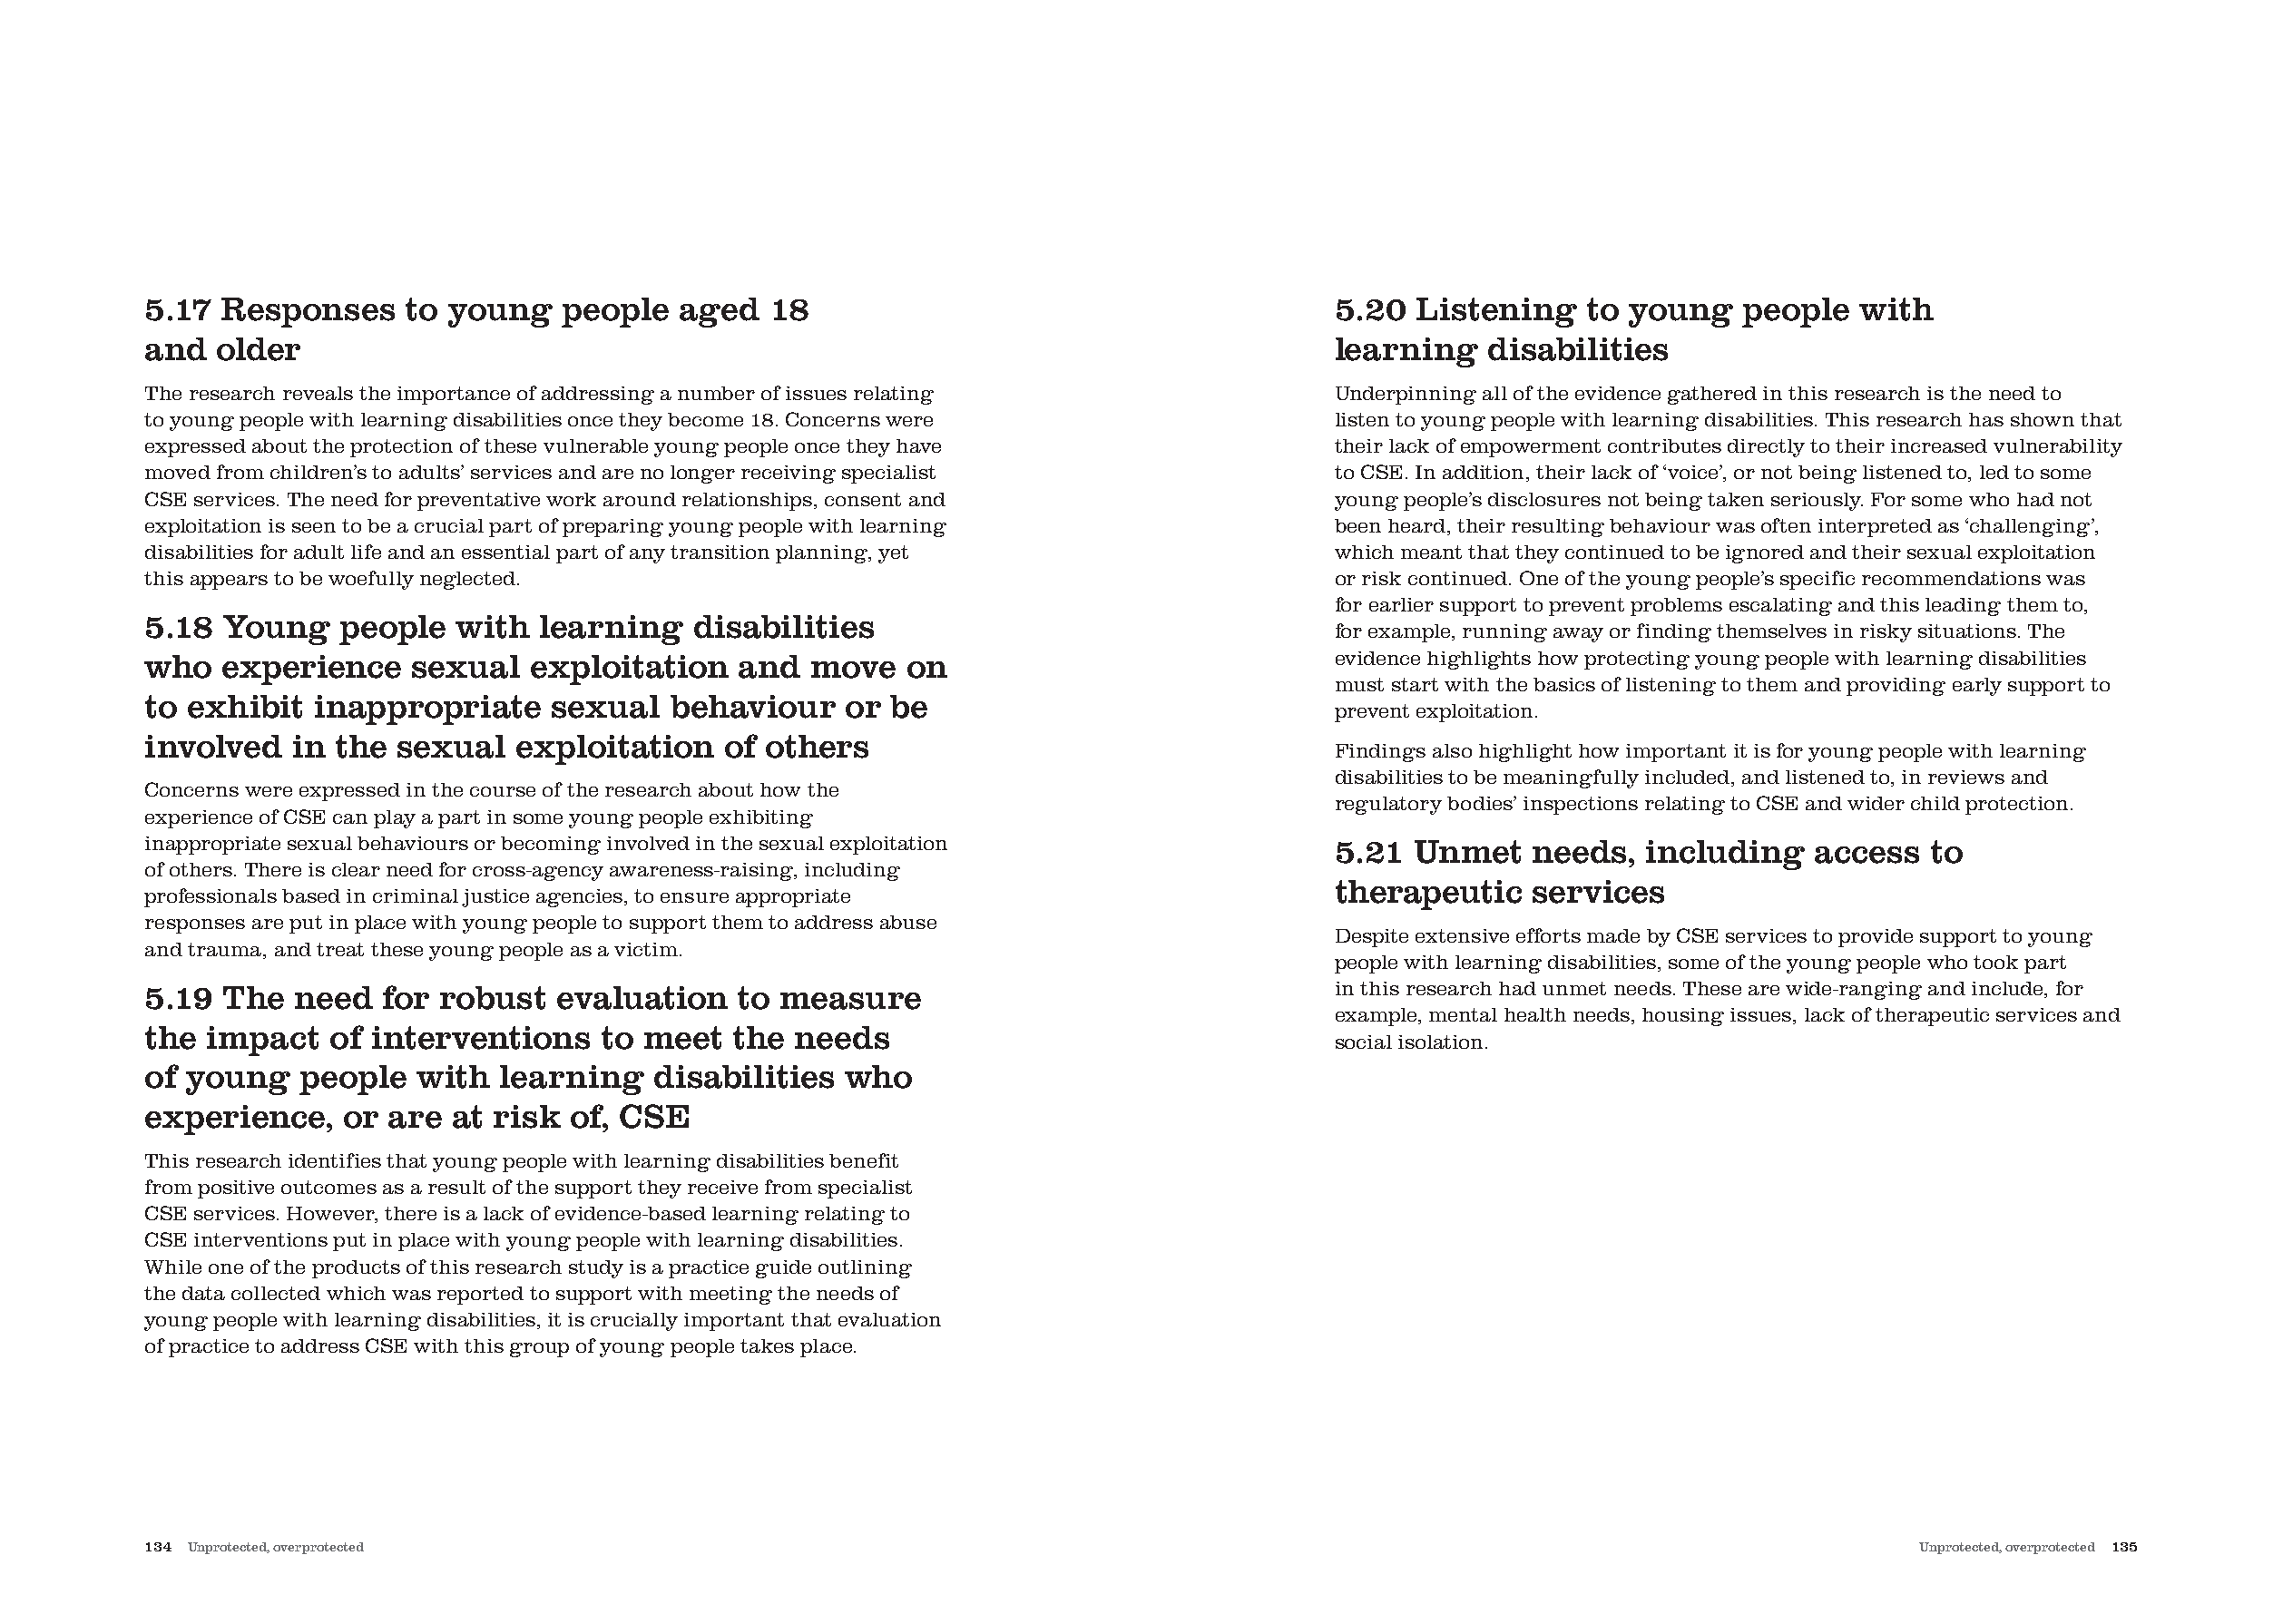
5.17 Responses     to young   people   aged  18                                       5.20  Listening    to young   people   with
 and  older                                                                            learning    disabilities
 The research reveals the importance of addressing a number of issues relating         Underpinning all of the evidence gathered in this research is the need to
 to young people with learning disabilities once they become 18. Concerns were         listen to young people with learning disabilities. This research has shown that
 expressed about the protection of these vulnerable young people once they have        their lack of empowerment contributes directly to their increased vulnerability
 moved from children’s to adults’ services and are no longer receiving specialist      to CSE. In addition, their lack of ‘voice’, or not being listened to, led to some
 CSE services. The need for preventative work around relationships, consent and        young people’s disclosures not being taken seriously. For some who had not
 exploitation is seen to be a crucial part of preparing young people with learning     been heard, their resulting behaviour was often interpreted as ‘challenging’,
 disabilities for adult life and an essential part of any transition planning, yet     which meant that they continued to be ignored and their sexual exploitation
 this appears to be woefully neglected.                                                or risk continued. One of the young people’s specific recommendations was
 for earlier support to prevent problems escalating and this leading them to,
 5.18 Young    people  with  learning    disabilities
 for example, running away or finding themselves in risky situations. The
 who  experience    sexual   exploitation   and  move   on                             evidence highlights how protecting young people with learning disabilities
 must start with the basics of listening to them and providing early support to
 to exhibit  inappropriate    sexual   behaviour    or be
 prevent exploitation.
 involved  in the  sexual   exploitation   of others
 Findings also highlight how important it is for young people with learning
 disabilities to be meaningfully included, and listened to, in reviews and
 Concerns were expressed in the course of the research about how the
 regulatory bodies’ inspections relating to CSE and wider child protection.
 experience of CSE can play a part in some young people exhibiting
 inappropriate sexual behaviours or becoming involved in the sexual exploitation       5.21  Unmet    needs,  including   access   to
 of others. There is clear need for cross-agency awareness-raising, including
 therapeutic    services
 professionals based in criminal justice agencies, to ensure appropriate
 responses are put in place with young people to support them to address abuse
 Despite extensive efforts made by CSE services to provide support to young
 and trauma, and treat these young people as a victim.
 people with learning disabilities, some of the young people who took part
 5.19 The  need   for robust   evaluation   to measure                                 in this research had unmet needs. These are wide-ranging and include, for
 example, mental health needs, housing issues, lack of therapeutic services and
 the impact   of interventions    to meet  the  needs
 social isolation.
 of young   people  with   learning   disabilities  who
 experience,   or are  at risk  of, CSE
 This research identifies that young people with learning disabilities benefit
 from positive outcomes as a result of the support they receive from specialist
 CSE services. However, there is a lack of evidence-based learning relating to
 CSE interventions put in place with young people with learning disabilities.
 While one of the products of this research study is a practice guide outlining
 the data collected which was reported to support with meeting the needs of
 young people with learning disabilities, it is crucially important that evaluation
 of practice to address CSE with this group of young people takes place.
 134 Unprotected, overprotected                                                                                                   Unprotected, overprotected 135